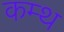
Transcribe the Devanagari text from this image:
कम्थ